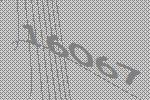
16067